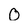
Character: 0